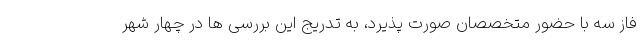
فاز سه با حضور متخصصان صورت پذیرد، به تدریج این بررسی ها در چهار شهر